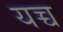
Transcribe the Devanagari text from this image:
यच्च